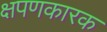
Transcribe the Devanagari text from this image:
क्षपणकारक